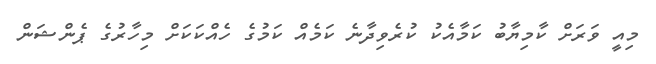
މިއީ ވަރަށް ކާމިޔާބު ކަމާއެކު ކުރެވިދާނެ ކަމެއް ކަމުގެ ހެއްކަކަށް މިހާރުގެ ޕެންޝަން